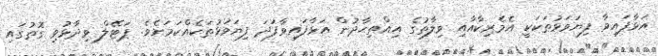
އަޅާފައިވާ ފިޔަވަޅުތަކަކީ އެމެރިކާއާއި ވިލާތުގެ އިއްތިޙާދުން އަޅާފައިވާފަދަ ފިޔަވަޅުތަކެއްކަމަށެވެ. ޕަޓޭލް ވިދާޅުވި ގޮތުގައި